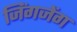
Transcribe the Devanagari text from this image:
जिंगजेंग